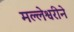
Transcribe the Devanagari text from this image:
मल्लेश्वरीने